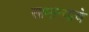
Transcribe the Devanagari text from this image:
सामान्याचे